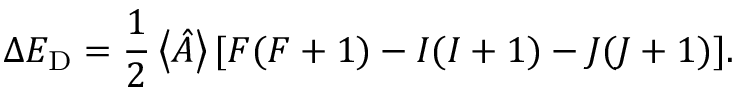
\Delta E _ { \mathrm { D } } = { \frac { 1 } { 2 } } \left\langle { \hat { A } } \right\rangle [ F ( F + 1 ) - I ( I + 1 ) - J ( J + 1 ) ] .